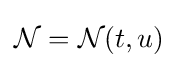
{\mathcal {N}}={\mathcal {N}}(t,u)